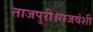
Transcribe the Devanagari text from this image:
ताजपुरी।राजवंशी